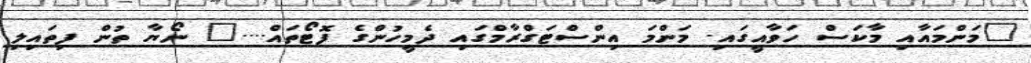
"މަންމައާއި މާކަސް ހަވާއީގައި. މަންމަ އިންސްޓަގްރާމްގައި ދެމީހުންގެ ފޮޓޯތައް...." ނޯޔާ ތުން ފިތައިލި